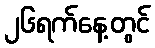
၂၆ရက်နေ့တွင်